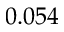
0 . 0 5 4